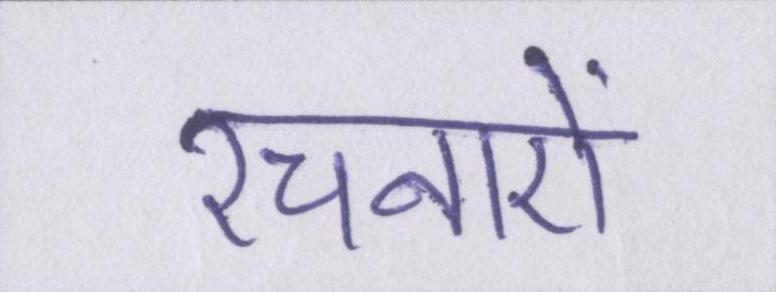
रचनाऐं